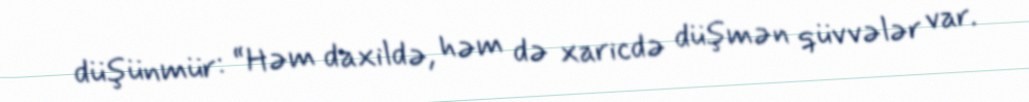
düşünmür: “Həm daxildə, həm də xaricdə düşmən qüvvələr var.